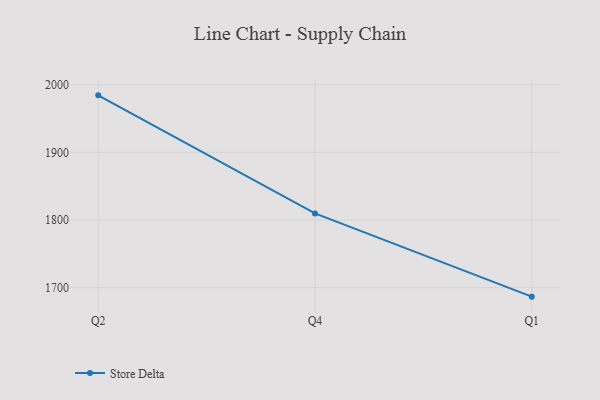
{"axis": {"x": "Quarter", "y": "Page Views"}, "legend": ["Store Delta"], "data": [{"x": "Q2", "y": 1984.3, "type": "Store Delta"}, {"x": "Q4", "y": 1809.7, "type": "Store Delta"}, {"x": "Q1", "y": 1686.7, "type": "Store Delta"}]}